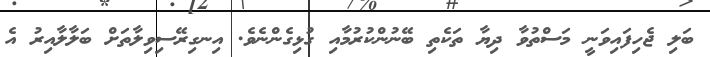
ބަލި ޖެހިފައިވަނީ މަސްތުވާ ދިޔާ ތަކެތި ބޭނުންކުރުމާއި ގުޅިގެންނެވެ. އިނގިރޭސިވިލާތަށް ބަލާލާއިރު އެ